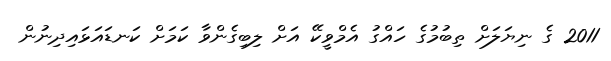
2011 ގެ ނިޔަލަށް ތިބުމުގެ ހައްގު އެމްވީކޭ އަށް ލިބިގެންވާ ކަމަށް ކަނޑައަޅައިދިނުން